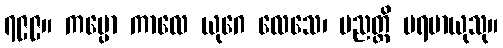
၇၉၉။ ကပ္ပော ကာလေ ယုဂေ လေသေ၊ ပညတ္တိ ပရမာယုသု။